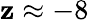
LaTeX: \mathbf{z}\approx-8